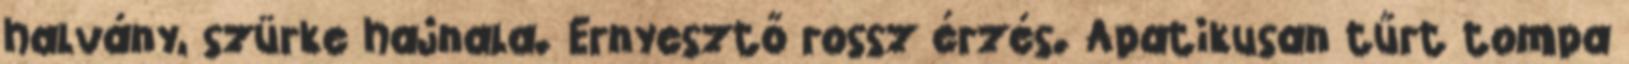
halvány, szürke hajnala. Ernyesztő rossz érzés. Apatikusan tűrt tompa